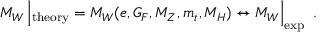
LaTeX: M _ { W } \left| _ \mathrm { t h e o r y } = M _ { W } ( e , G _ { F } , M _ { Z } , m _ { t } , M _ { H } ) \leftrightarrow M _ { W } \right| _ { \mathrm { e x p } } ~ .